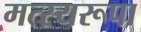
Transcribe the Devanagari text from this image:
मत्स्यरूपा